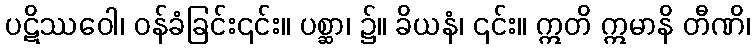
ပဋိဿဝေါ၊ ဝန်ခံခြင်း၎င်း။ ပစ္ဆာ၊ ၌။ ခိယနံ၊ ၎င်း။ ဣတိ ဣမာနိ တီဏိ၊